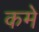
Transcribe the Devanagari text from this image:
कमे